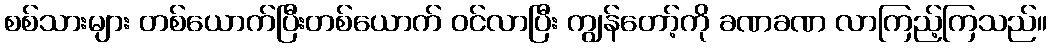
စစ်သားများ တစ်ယောက်ပြီးတစ်ယောက် ဝင်လာပြီး ကျွန်တော့်ကို ခဏခဏ လာကြည့်ကြသည်။